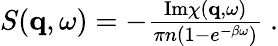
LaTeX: \begin{array}{r}{S(\mathbf{q},\omega)=-\frac{\textnormal{Im}\chi(\mathbf{q},\omega)}{\pi n(1-e^{-\beta\omega})}\ .}\end{array}